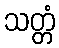
သတ္တံ